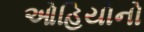
ઓહિયોનો